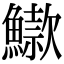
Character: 䲌